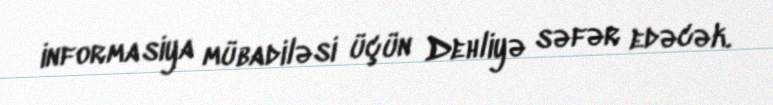
informasiya mübadiləsi üçün Dehliyə səfər edəcək.